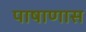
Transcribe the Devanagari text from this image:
पाषाणास